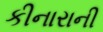
કીનારાની